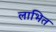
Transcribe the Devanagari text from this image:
लाभित